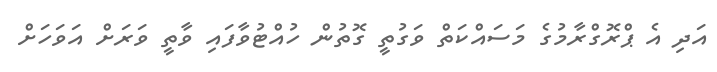
އަދި އެ ޕްރޮގްރާމުގެ މަސައްކަތް ވަގުތީ ގޮތުން ހުއްޓުވާފައި ވާތީ ވަރަށް އަވަހަށް